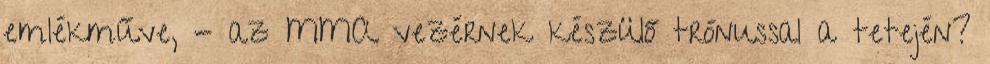
emlékműve, - az MMA vezérnek készülő trónussal a tetején?